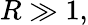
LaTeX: R\gg 1,